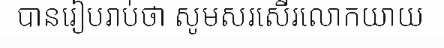
បានរៀបរាប់ថា សូមសរសើរលោកយាយ